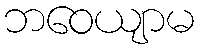
ဘဝေယျာမ